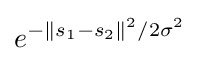
e^{-\|s_{1}-s_{2}\|^{2}/2\sigma ^{2}}